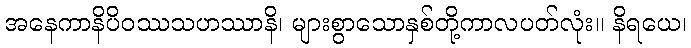
အနေကာနိပိဝဿသဟဿာနိ၊ များစွာသောနှစ်တို့ကာလပတ်လုံး။ နိရယေ၊